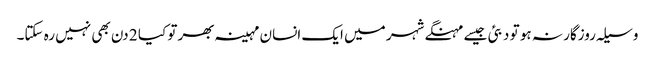
وسیلہ روزگار نہ ہو تو دبئی جیسے مہنگے شہر میں ایک انسان مہینہ بھر تو کیا 2 دن بھی نہیں رہ سکتا۔